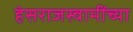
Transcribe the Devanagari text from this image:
हंसराजस्वामींच्या